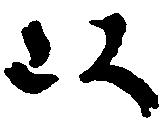
以